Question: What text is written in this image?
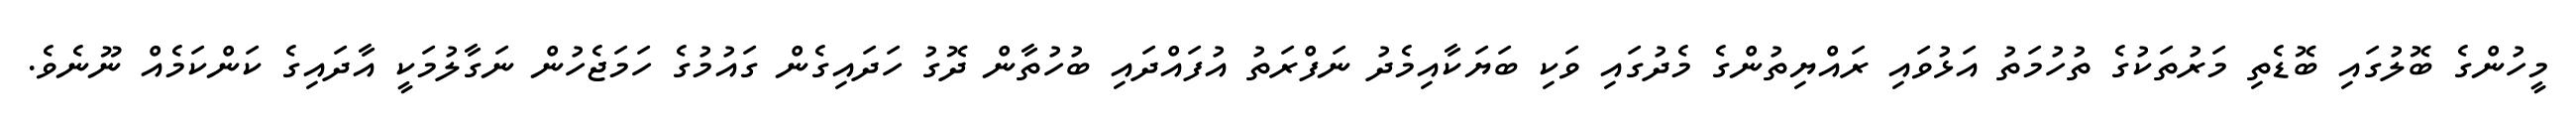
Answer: މީހުންގެ ބޮލުގައި ބޮޑެތި މަރުތަކުގެ ތުހުމަތު އަޅުވައި ރައްޔިތުންގެ މެދުގައި ވަކި ބަޔަކާއިމެދު ނަފްރަތު އުފައްދައި ބުހުތާން ދޮގު ހަދައިގެން ގައުމުގެ ހަމަޖެހުން ނަގާލުމަކީ އާދައިގެ ކަންކަމެއް ނޫނެވެ.